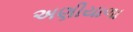
અણીયાળા